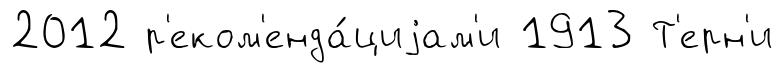
2012 р'еком'енда́циjам'и 1913 Т'ерн'и